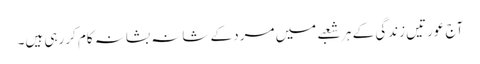
آج عورتیں زندگی کے ہر شعبے میں مرد کے شانہ بشانہ کام کررہی ہیں۔